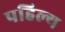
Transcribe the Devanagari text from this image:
पहिल्य